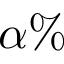
\alpha \%